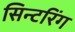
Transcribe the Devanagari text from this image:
सिन्टरिंग